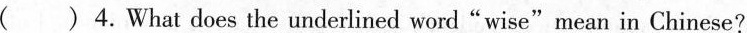
( ) 4.What does the underlined word"wise"mean in Chinese?